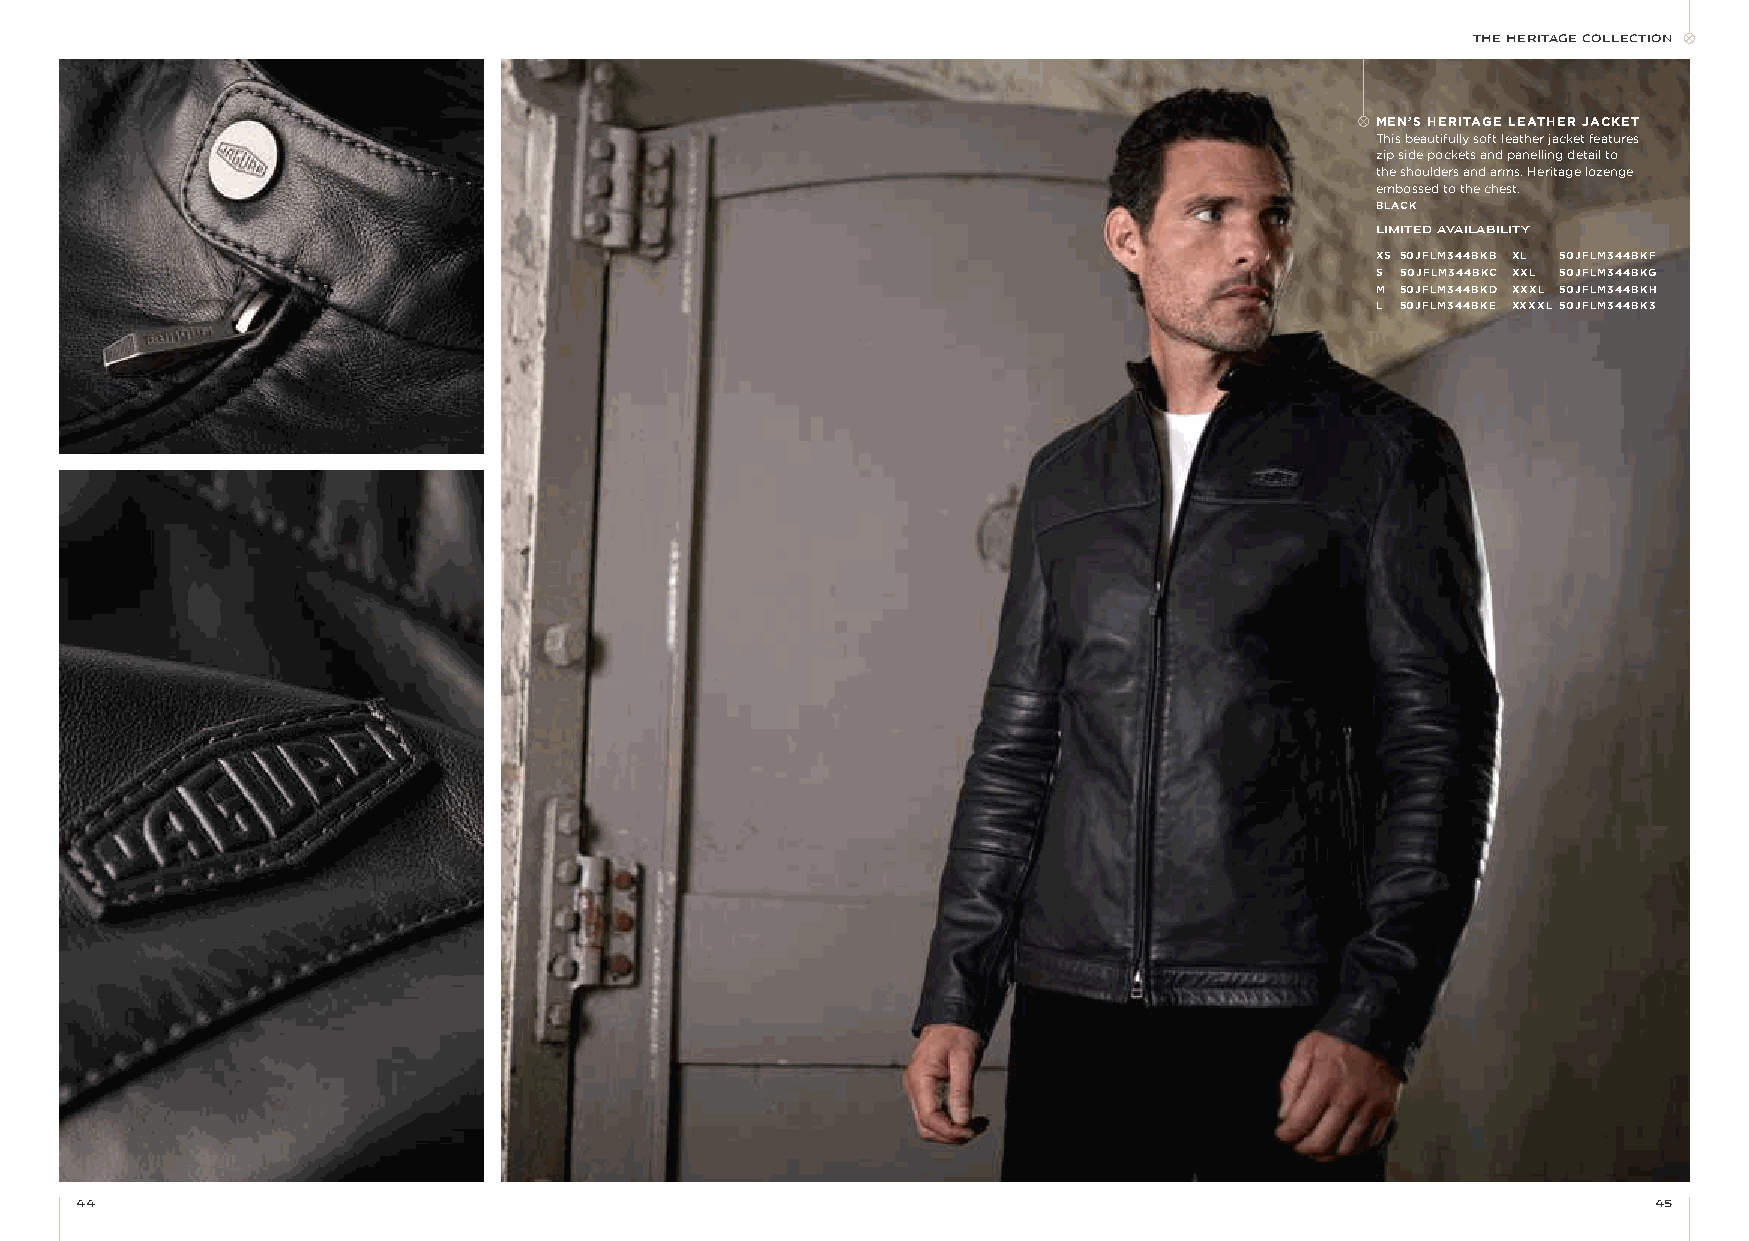
THE HERITAGE COLLECTION
 MEN’S HERITAGE LEATHER JACKET
 This beautifully soft leather jacket features
 zip side pockets and panelling detail to
 the shoulders and arms. Heritage lozenge
 embossed to the chest.
 BLACK
 LIMITED AVAILAbILITY
 XS 50JFLM344BKB XL 50JFLM344BKF
 S 50JFLM344BKC XXL 50JFLM344BKG
 M 50JFLM344BKD XXXL 50JFLM344BKH
 L 50JFLM344BKE XXXXL 50JFLM344BK3
 44                                                                                                      45